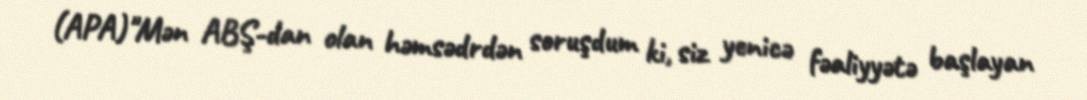
(APA)"Mən ABŞ-dan olan həmsədrdən soruşdum ki, siz yenicə fəaliyyətə başlayan